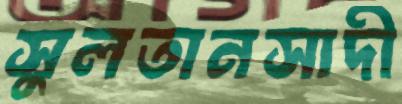
সুলতানসাদী